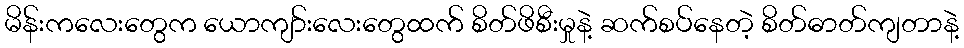
မိန်းကလေးတွေက ယောကျာ်းလေးတွေထက် စိတ်ဖိစီးမှုနဲ့ ဆက်စပ်နေတဲ့ စိတ်ဓာတ်ကျတာနဲ့